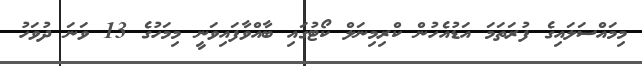
މިމައްސަލައިގެ ފުރަތަމަ އަޑުއެހުން ކްރިމިނަލް ކޯޓުގައި ބާއްވާފައިވަނީ މިމަހުގެ 13 ވަނަ ދުވަހު